Statistics compiled by the Government of India from the reports of provincial Civil Veterinary Departments
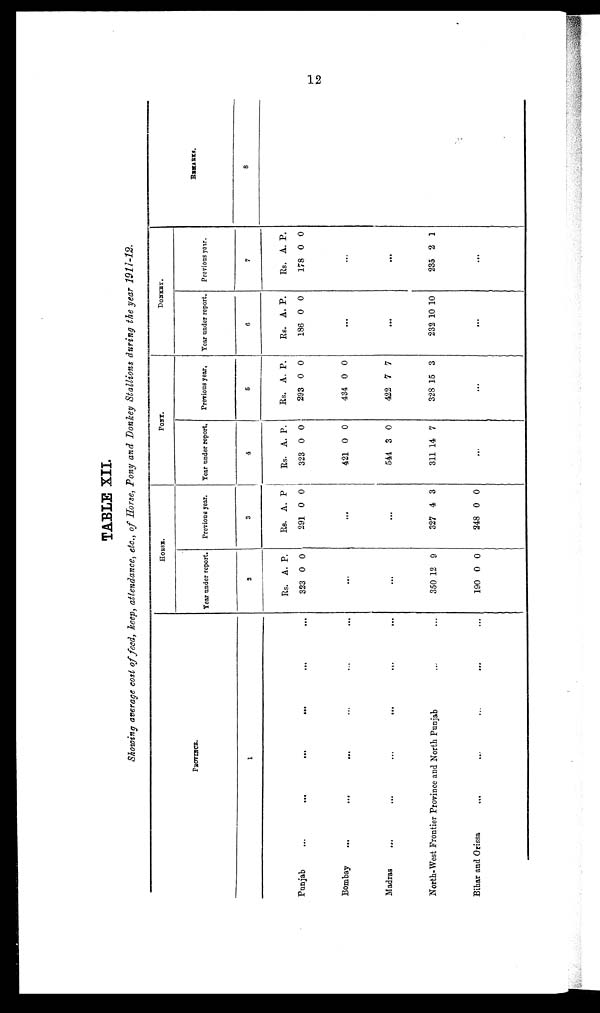
12
TABLE XII.
Showing average cost of feed, keep, attendance, etc., of Horse, Pony and Donkey Stallions during the year 1911-12.
PROVINCE.
1
Punjab
...
...
...
...
Bombay
...
... ... ... ...
Madras ... ... ... ... ... ...
North-West Frontier Province and North Punjab ... ...
Bihar and Orissa ... ... ... ... ... ...
HORSE.
Year under report.
2
Rs.
323
350
190
A.
0
...
...
12
0
P.
0
9
0
Previous year.
3
Rs.
291
...
...
327
248
A.
0
4
0
P
0
3
0
PONY.
Year under report.
4
Rs.
323
421
544
311
...
A.
0
0
3
14
P.
0
0
0
7
Previous year.
5
Rs.
293
434
422
328
...
A.
0
0
7
15
P.
0
0
7
3
DONKEY.
Year under report.
6
Rs.
186
...
...
232
...
A.
0
10
P.
0
10
Previous year.
7
Rs.
178
...
...
235
...
A.
0
2
P.
0
1
REMARKS.
8